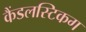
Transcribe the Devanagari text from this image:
कैंडलस्टिकग